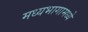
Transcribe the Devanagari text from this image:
मध्यभागामध्ये